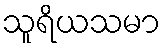
သူရိယသမာ